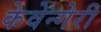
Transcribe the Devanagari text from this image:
केवेन्गेरी